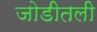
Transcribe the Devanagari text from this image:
जोडीतली